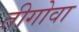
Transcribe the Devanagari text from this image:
तीगोवा